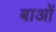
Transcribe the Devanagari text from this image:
बाओं